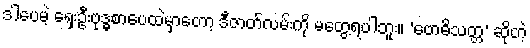
ဒါပေမဲ့ ရှေးဦးဗုဒ္ဓစာပေထဲမှာတော့ ဒီဇာတ်လမ်းကို မတွေ့ရပါဘူး။ ‘ဗောဓိသတ္တ’ ဆိုတဲ့